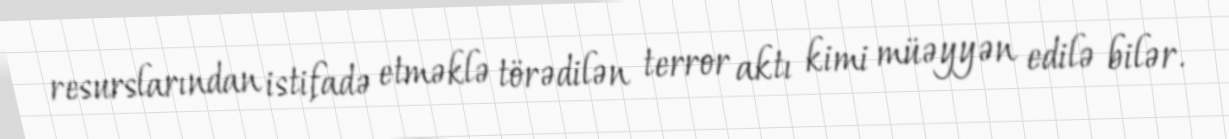
resurslarından istifadə etməklə törədilən terror aktı kimi müəyyən edilə bilər.